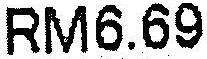
RM6.69